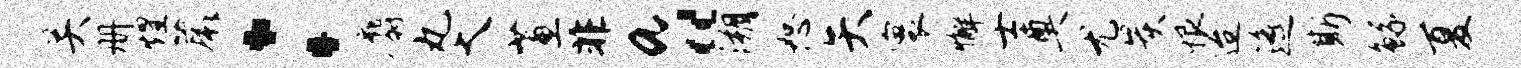
关册煌蕨：麝丸大蕙非a“溯恕矢寰懈士奠尤炭恨迨遥斯鲧夏